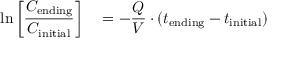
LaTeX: \ln \left[ { \frac { C _ { \mathrm { e n d i n g } } } { C _ { \mathrm { i n i t i a l } } } } \right] \quad = { - } { \frac { Q } { V } } \cdot ( t _ { \mathrm { e n d i n g } } - t _ { \mathrm { i n i t i a l } } ) \quad